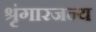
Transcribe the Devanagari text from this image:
श्रृंगारजन्य